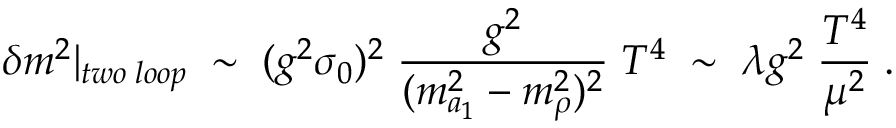
\delta m ^ { 2 } | _ { t w o \; l o o p } \; \sim \; ( g ^ { 2 } \sigma _ { 0 } ) ^ { 2 } \; \frac { g ^ { 2 } } { ( m _ { a _ { 1 } } ^ { 2 } - m _ { \rho } ^ { 2 } ) ^ { 2 } } \; T ^ { 4 } \; \sim \; \lambda g ^ { 2 } \; \frac { T ^ { 4 } } { \mu ^ { 2 } } \; .